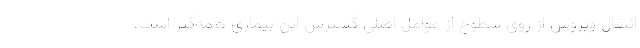
انتقال ویروس از روی سطوح از عوامل اصلی گسترش این بیماری همه‌گیر است.